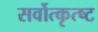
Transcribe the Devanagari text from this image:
सर्वोत्कृत्ष्ट